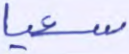
سعيا